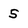
Character: 5